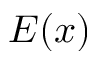
E ( x )